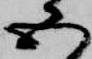
五